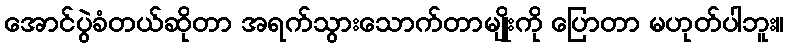
အောင်ပွဲခံတယ်ဆိုတာ အရက်သွားသောက်တာမျိုးကို ပြောတာ မဟုတ်ပါဘူး။